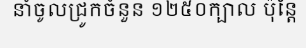
នាំចូលជ្រូកចំនួន ១២៥០ក្បាល ប៉ុន្តែ